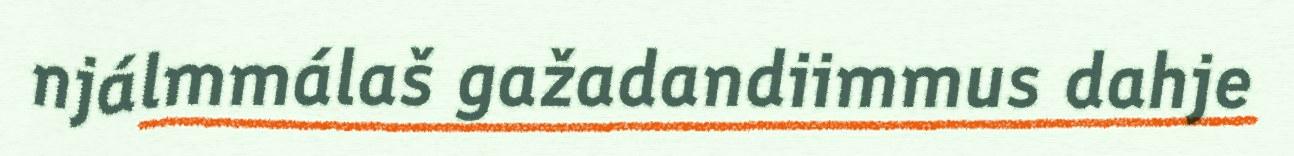
njálmmálaš gažadandiimmus dahje